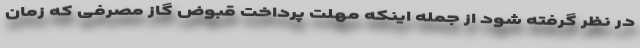
در نظر گرفته شود از جمله اینکه مهلت پرداخت قبوض گاز مصرفی که زمان